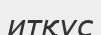
итқұс